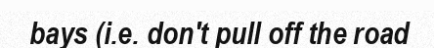
bays (i.e. don't pull off the road